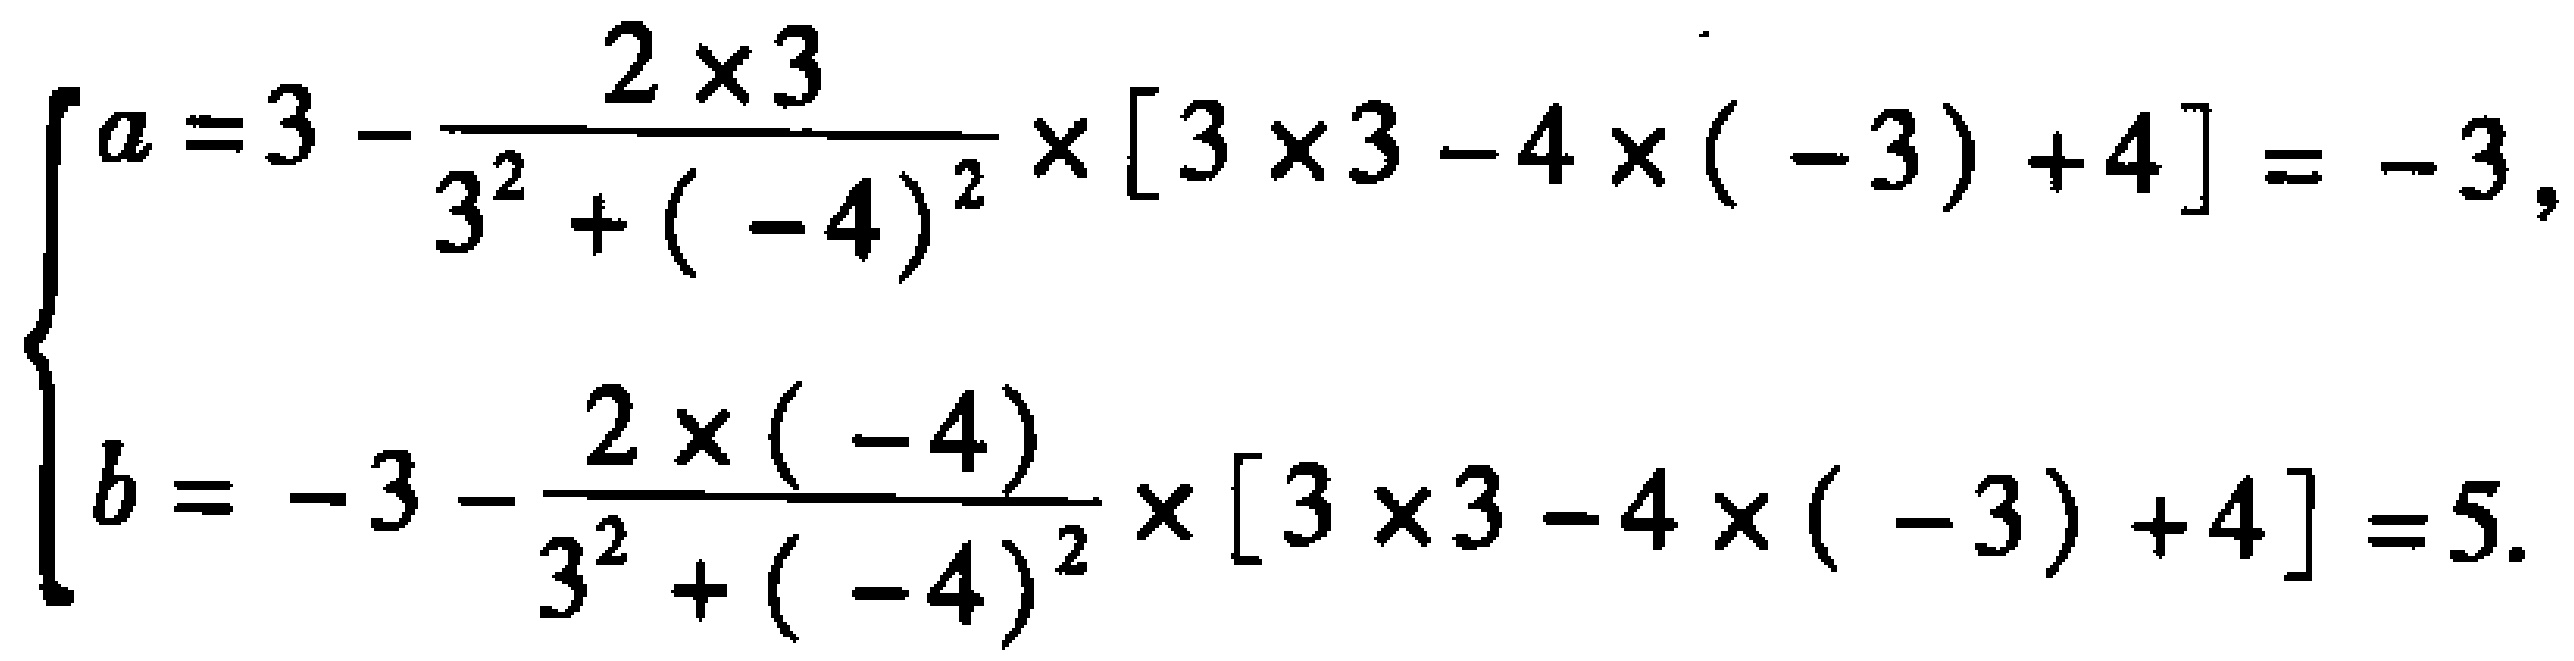
\[
\begin{cases}
a = 3 - \frac{2\times3}{3^{2}+(-4)^{2}}\times[3\times3 - 4\times(-3)+4]=-3,\\
b = - 3-\frac{2\times(-4)}{3^{2}+(-4)^{2}}\times[3\times3 - 4\times(-3)+4]=5.
\end{cases}
\]